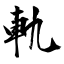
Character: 軌